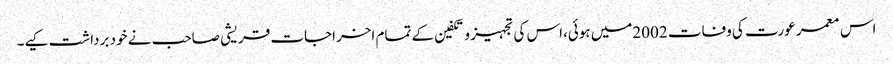
اس معمر عورت کی وفات 2002میں ہوئی،اس کی تجہیز و تکفین کے تمام اخراجات قریشی صاحب نے خود برداشت کیے۔